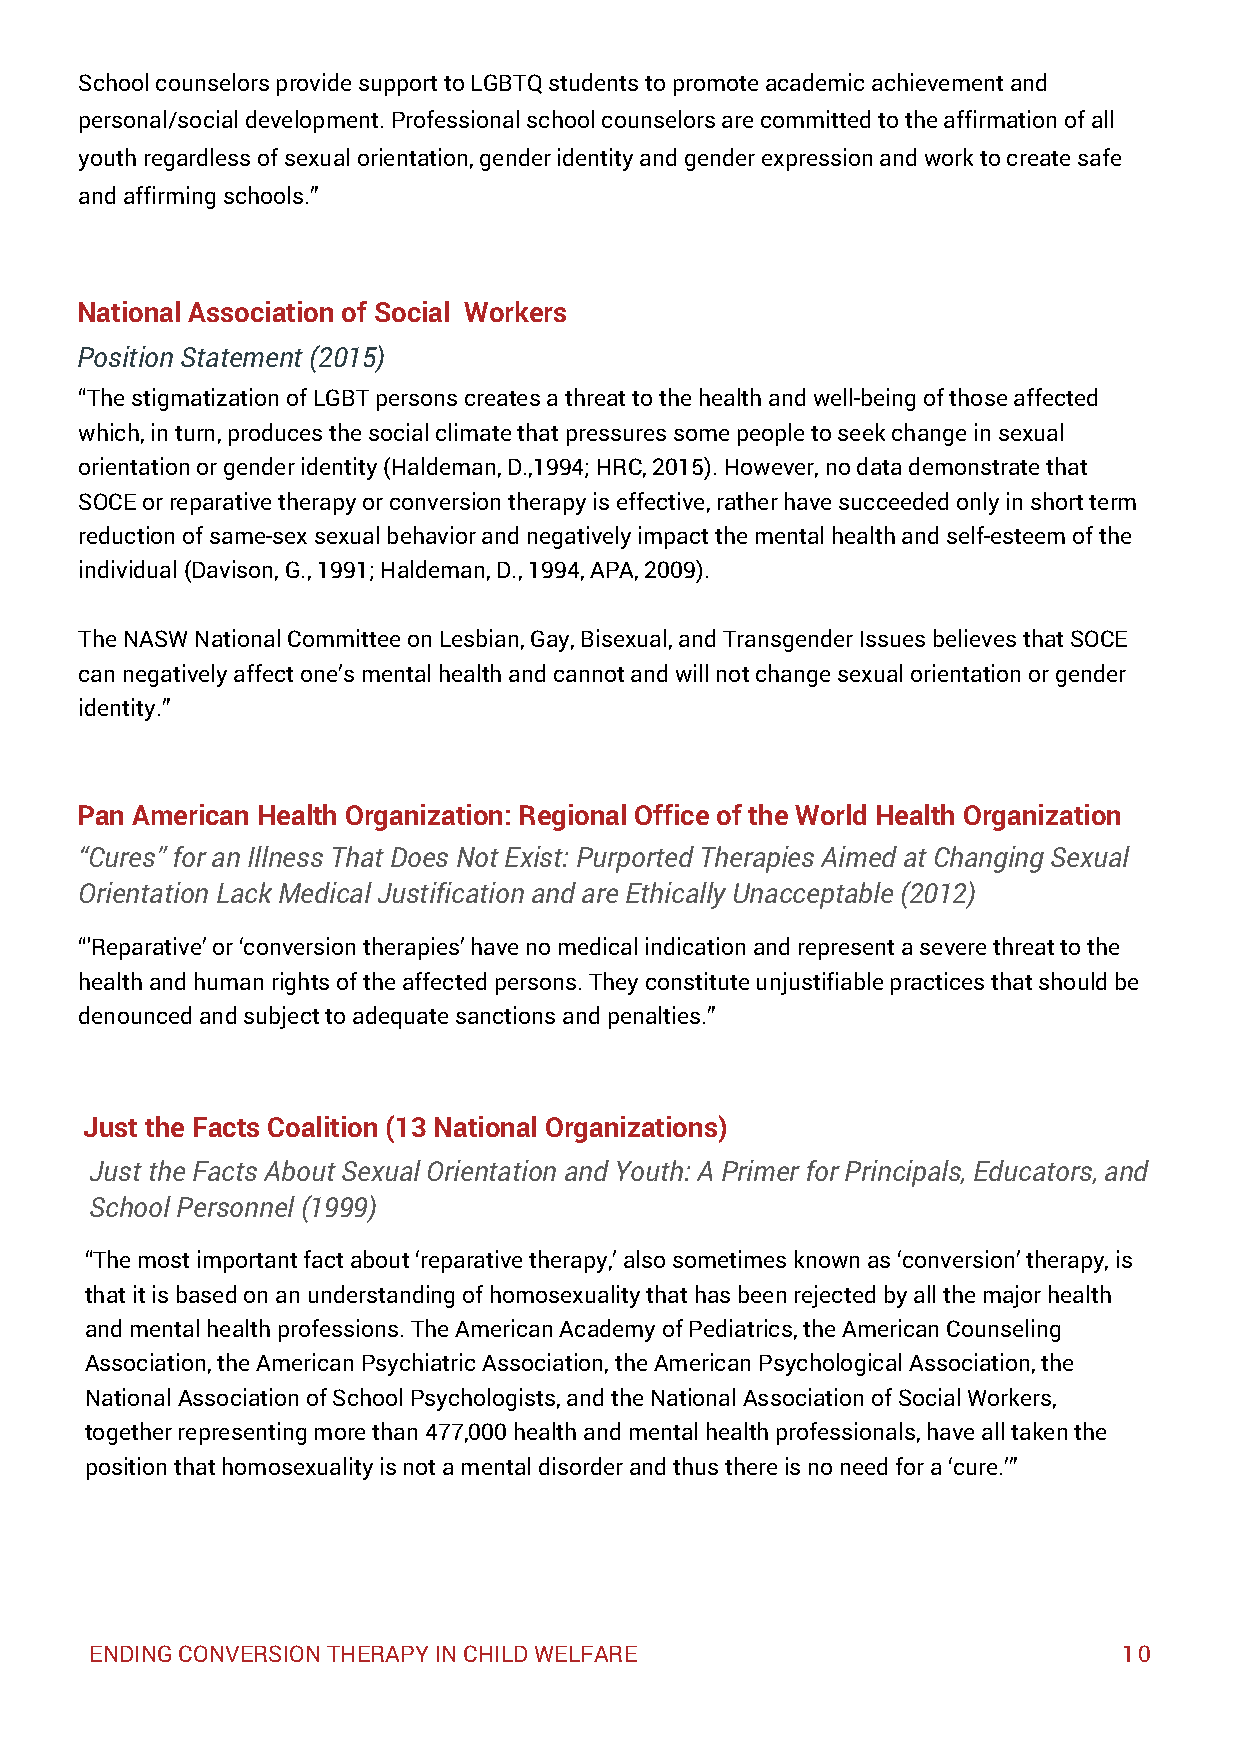
School counselors provide support to LGBTQ students to promote academic achievement and
 personal/social development. Professional school counselors are committed to the affirmation of all
 youth regardless of sexual orientation, gender identity and gender expression and work to create safe
 and affirming schools.”
 National Association of Social Workers
 Position Statement (2015)
 “The stigmatization of LGBT persons creates a threat to the health and well-being of those affected
 which, in turn, produces the social climate that pressures some people to seek change in sexual
 orientation or gender identity (Haldeman, D.,1994; HRC, 2015). However, no data demonstrate that
 SOCE or reparative therapy or conversion therapy is effective, rather have succeeded only in short term
 reduction of same-sex sexual behavior and negatively impact the mental health and self-esteem of the
 individual (Davison, G., 1991; Haldeman, D., 1994, APA, 2009).
 The NASW National Committee on Lesbian, Gay, Bisexual, and Transgender Issues believes that SOCE
 can negatively affect one’s mental health and cannot and will not change sexual orientation or gender
 identity.”
 Pan American Health Organization: Regional Office of the World Health Organization
 “Cures” for an Illness That Does Not Exist: Purported Therapies Aimed at Changing Sexual
 Orientation Lack Medical Justification and are Ethically Unacceptable (2012)
 “'Reparative’ or ‘conversion therapies’ have no medical indication and represent a severe threat to the
 health and human rights of the affected persons. They constitute unjustifiable practices that should be
 denounced and subject to adequate sanctions and penalties.”
 Just the Facts Coalition (13 National Organizations)
 Just the Facts About Sexual Orientation and Youth: A Primer for Principals, Educators, and
 School Personnel (1999)
 “The most important fact about ‘reparative therapy,’ also sometimes known as ‘conversion’ therapy, is
 that it is based on an understanding of homosexuality that has been rejected by all the major health
 and mental health professions. The American Academy of Pediatrics, the American Counseling
 Association, the American Psychiatric Association, the American Psychological Association, the
 National Association of School Psychologists, and the National Association of Social Workers,
 together representing more than 477,000 health and mental health professionals, have all taken the
 position that homosexuality is not a mental disorder and thus there is no need for a ‘cure.’”
 ENDING CONVERSION THERAPY IN CHILD WELFARE                          10